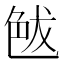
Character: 𦫘